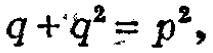
\(q + q^{2} = p^{2},\)